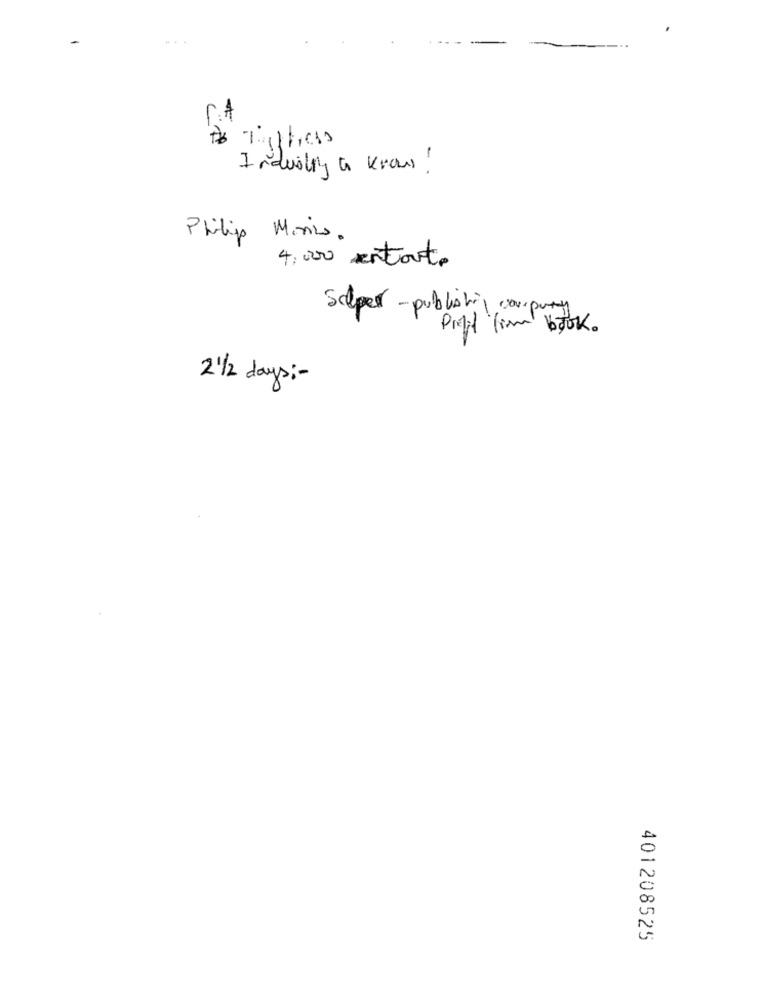
Industry to know!
Philipp Minis.
4.000 entoute
Selper - publishil computer
Profil fim book.
2 1/2 days :-
401208525